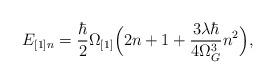
LaTeX: \begin{align*}E_{[1] n} = \frac{\hbar}{2} \Omega_{[1]} \Bigl(2n + 1 + \frac{3 \lambda \hbar}{4 \Omega_G^3 } n^2 \Bigr),\end{align*}